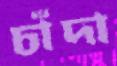
চাঁদা